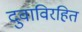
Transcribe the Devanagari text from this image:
दुवाविरहित